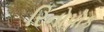
રિનોપોક